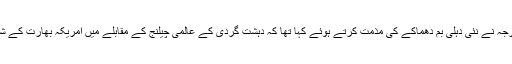
امریکی محکمہ خارجہ نے نئی دہلی بم دھماکے کی مذمت کرتے ہوئے کہا تھا کہ دہشت گردی کے عالمی چیلنج کے مقابلے میں امریکہ بھارت کے شانہ بشانہ کھڑا ہے۔